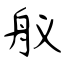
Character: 舣